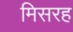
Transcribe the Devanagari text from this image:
मिसरह